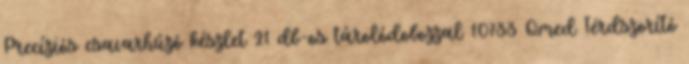
Precíziós csavarhúzó készlet 21 db-os tárolódobozzal 10733 Qmed Térdszorító